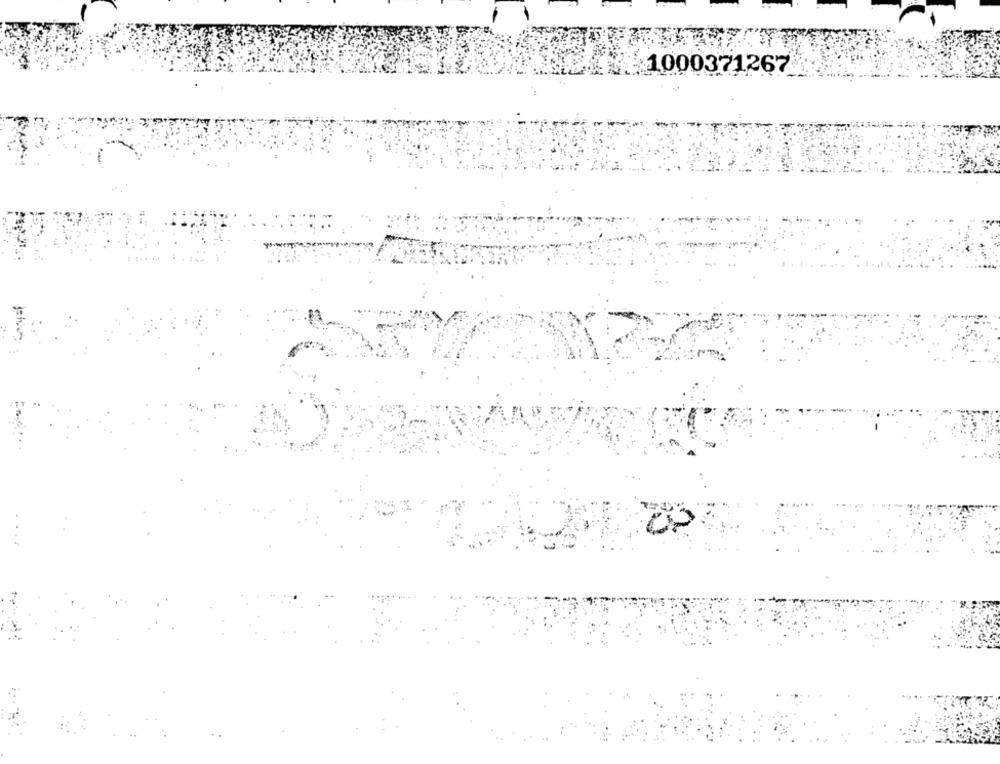
1000371267